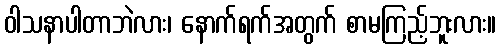
ဝါသနာပါတာဘဲလား၊ နောက်ရက်အတွက် စာမကြည့်ဘူးလား။